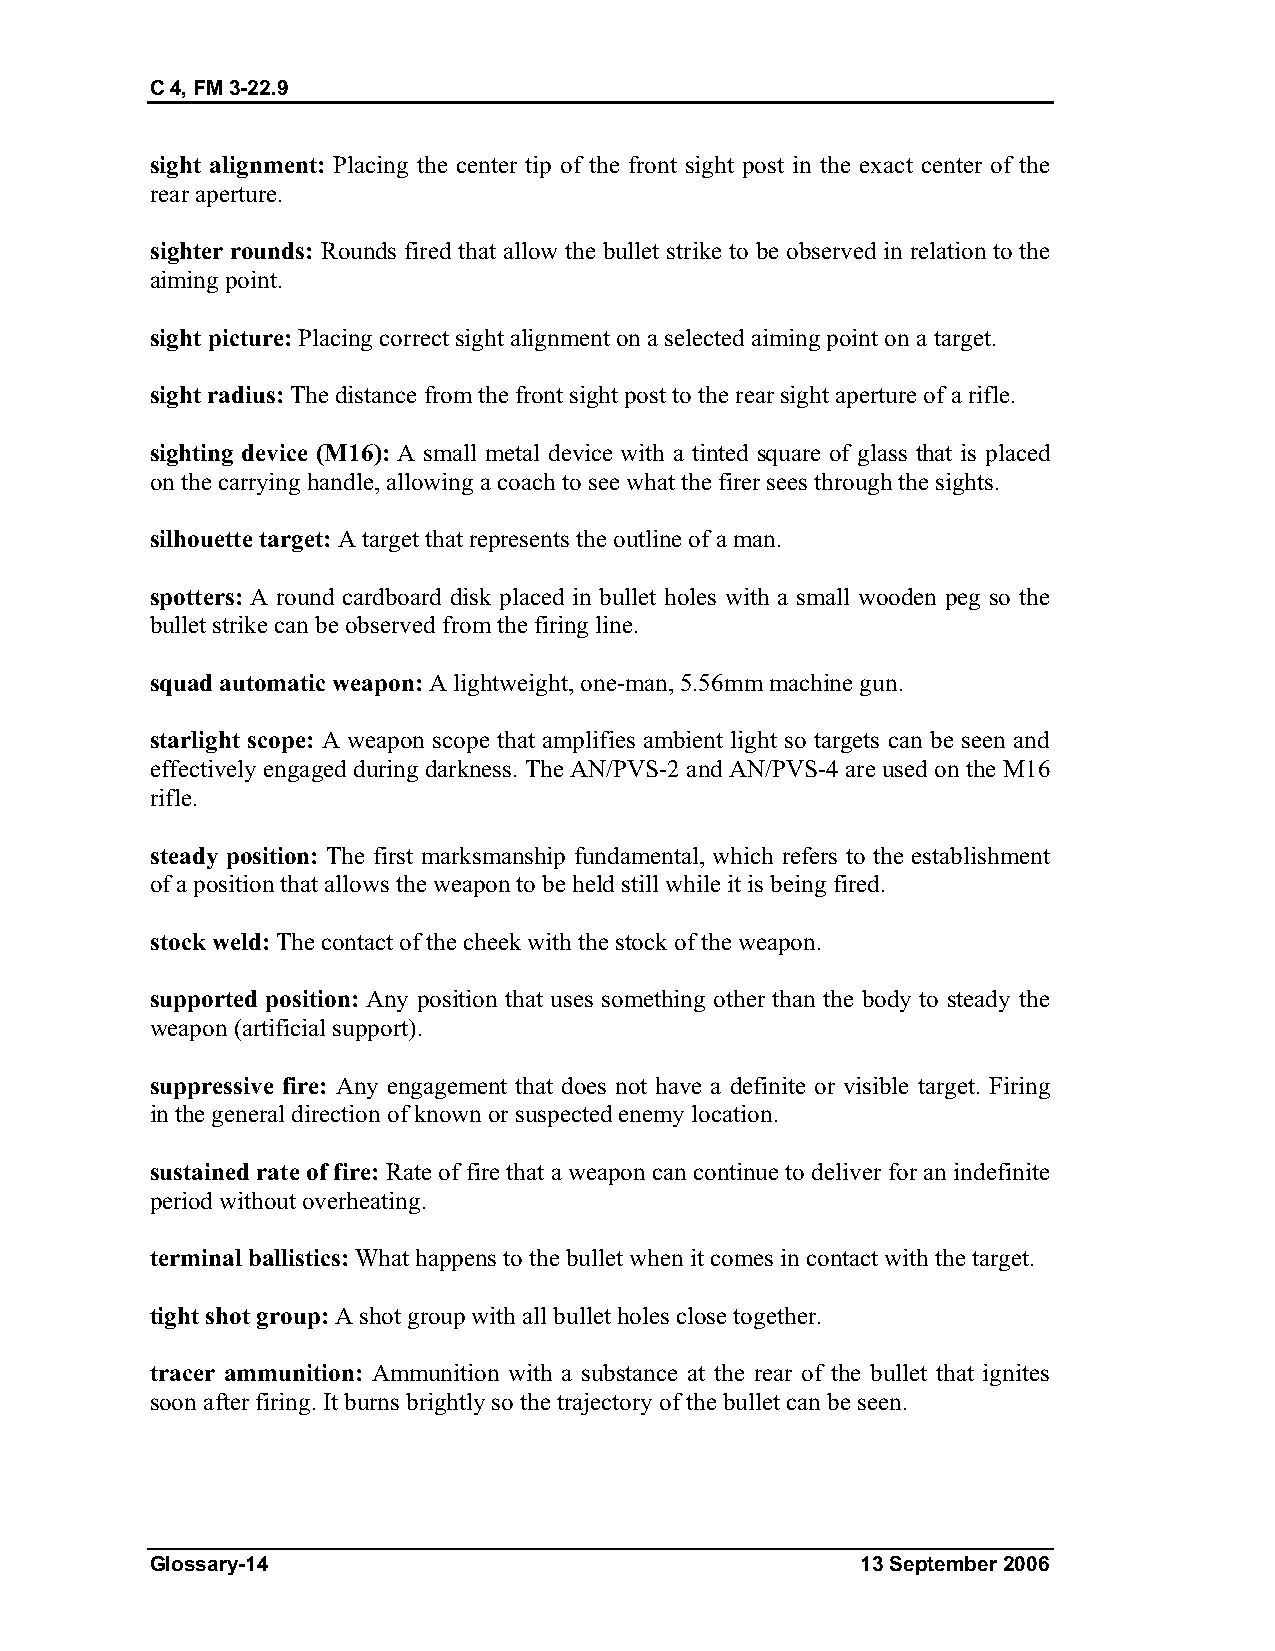
C 4, FM 3-22.9
 sight alignment: Placing the center tip of the front sight post in the exact center of the
 rear aperture.
 sighter rounds: Rounds fired that allow the bullet strike to be observed in relation to the
 aiming point.
 sight picture: Placing correct sight alignment on a selected aiming point on a target.
 sight radius: The distance from the front sight post to the rear sight aperture of a rifle.
 sighting device (M16): A small metal device with a tinted square of glass that is placed
 on the carrying handle, allowing a coach to see what the firer sees through the sights.
 silhouette target: A target that represents the outline of a man.
 spotters: A round cardboard disk placed in bullet holes with a small wooden peg so the
 bullet strike can be observed from the firing line.
 squad automatic weapon: A lightweight, one-man, 5.56mm machine gun.
 starlight scope: A weapon scope that amplifies ambient light so targets can be seen and
 effectively engaged during darkness. The AN/PVS-2 and AN/PVS-4 are used on the M16
 rifle.
 steady position: The first marksmanship fundamental, which refers to the establishment
 of a position that allows the weapon to be held still while it is being fired.
 stock weld: The contact of the cheek with the stock of the weapon.
 supported position: Any position that uses something other than the body to steady the
 weapon (artificial support).
 suppressive fire: Any engagement that does not have a definite or visible target. Firing
 in the general direction of known or suspected enemy location.
 sustained rate of fire: Rate of fire that a weapon can continue to deliver for an indefinite
 period without overheating.
 terminal ballistics: What happens to the bullet when it comes in contact with the target.
 tight shot group: A shot group with all bullet holes close together.
 tracer ammunition: Ammunition with a substance at the rear of the bullet that ignites
 soon after firing. It burns brightly so the trajectory of the bullet can be seen.
 Glossary-14                                    13 September 2006